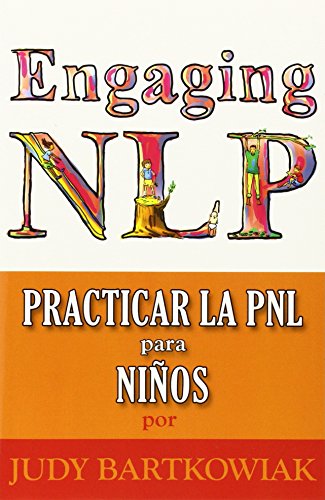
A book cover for Pnl Para Ninos (Spanish Edition); Judy Bartkowiak; Self-Help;